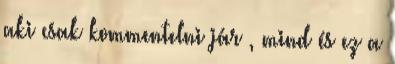
aki csak kommentelni jár , mind és ez a